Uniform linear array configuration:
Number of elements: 64
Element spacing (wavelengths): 0.75
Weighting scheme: exponential
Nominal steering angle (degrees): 0
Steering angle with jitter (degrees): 1.148
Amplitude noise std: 0.05
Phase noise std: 0.05

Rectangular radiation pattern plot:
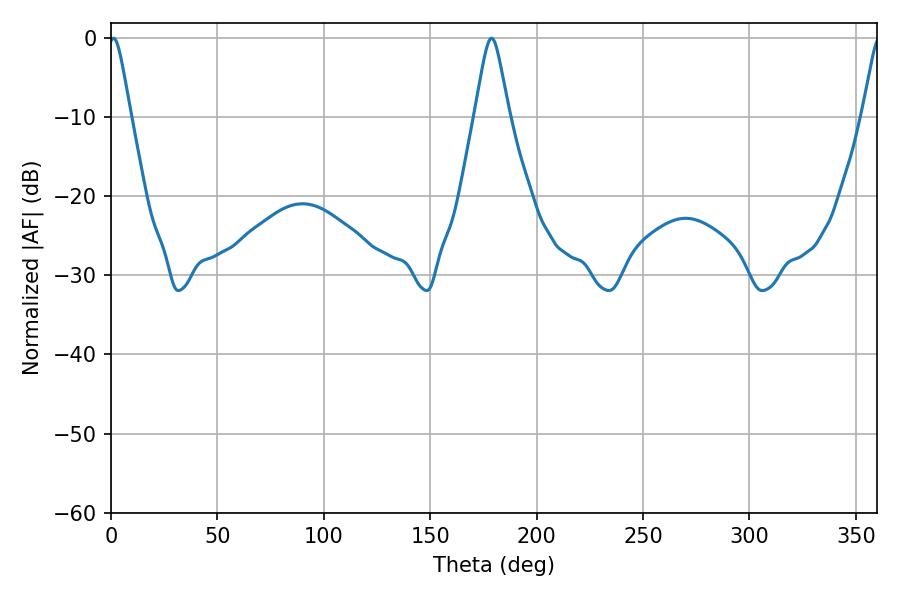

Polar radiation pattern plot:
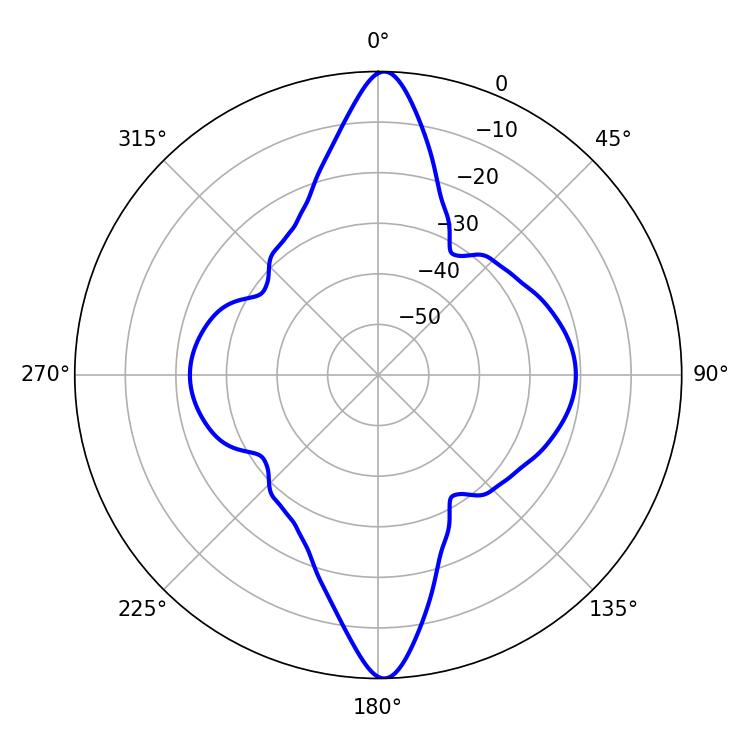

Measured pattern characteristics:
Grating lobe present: TRUE
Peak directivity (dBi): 24.303
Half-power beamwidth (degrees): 5.04
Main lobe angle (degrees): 1.26